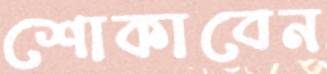
শোকাবেন